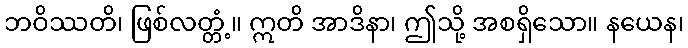
ဘဝိဿတိ၊ ဖြစ်လတ္တံ့။ ဣတိ အာဒိနာ၊ ဤသို့ အစရှိသော။ နယေန၊